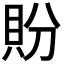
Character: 𬥏